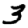
Digit: 3